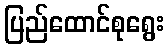
ပြည်ထောင်စုရွေး